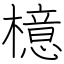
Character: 檍